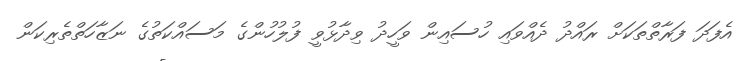
އެފަދަ ފަރާތްތަކަށް ރައްދު ދެއްވައި ހުސައިން ވަހީދު ވިދާޅުވީ ފުލުހުންގެ މަސައްކަތުގެ ނަޒާހަތްތެރިކަން